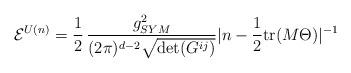
LaTeX: \begin{align*}{\cal E}^{U(n)} =\frac{1}{2}\,\frac{g^{2}_{SYM}}{(2\pi)^{d-2} \sqrt{\det(G^{ij})}}|n - \frac{1}{2} {\rm tr}(M \Theta)|^{-1}\,\end{align*}